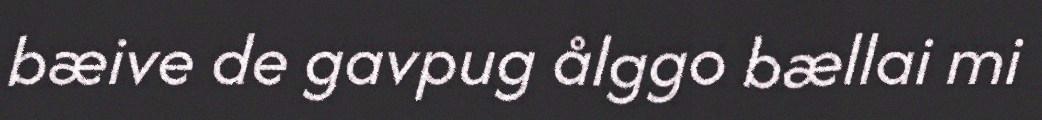
bæive de gavpug ålggo bællai mi